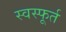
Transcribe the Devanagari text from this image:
स्वस्फूर्त